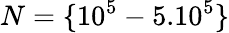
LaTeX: N=\{ 10^{5}-5.10^{5}\}